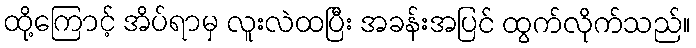
ထို့ကြောင့် အိပ်ရာမှ လူးလဲထပြီး အခန်းအပြင် ထွက်လိုက်သည်။